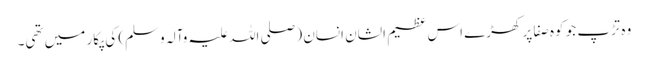
وہ تڑپ جو کوہ صفا پر کھڑے اس عظیم الشان انسان (صلی اللہ علیہ وآلہ وسلم) کی پکار میں تھی۔